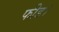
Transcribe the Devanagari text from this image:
फीड।